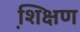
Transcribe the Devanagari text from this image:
शि़क्षण